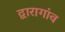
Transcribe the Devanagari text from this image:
द्वारागांव